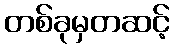
တစ်ခုမှတဆင့်